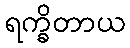
ရက္ခိတာယ